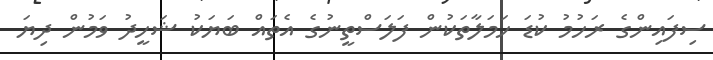
ސިފައިންގެ ރަހުމު ކުޑަ ހަމަލާތަކުން ފަލަސްތީނުގެ އެތައް ބަޔަކު ޝަހީދު ވަމުން ދިޔަ